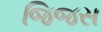
જિજસ